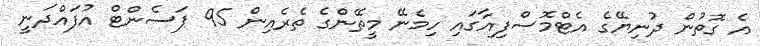
އެ ގޮތުން ދުނިޔޭގެ އެޓްމޮސްފިއާގައި ހިމެނޭ މީތޭންގެ ތެރެއިން 95 ޕަސެންޓް އުފައްދަނީ